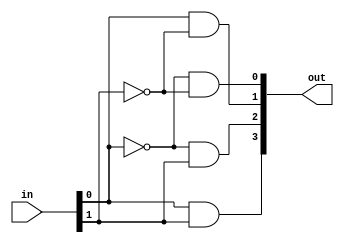
//Decoder 2-to-4
module Decoder2to4(in,out);
input [1:0] in;
output [3:0] out;
wire in1_n, in0_n;

not(in1_n,in[1]);
not(in0_n,in[0]);
and(out[0],in0_n,in1_n);
and(out[1],in[0],in1_n);
and(out[2],in0_n,in[1]);
and(out[3],in[0],in[1]);

endmodule